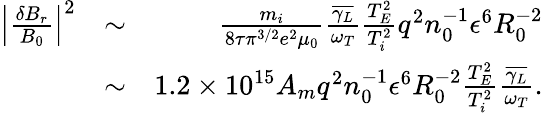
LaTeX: \begin{array}{rlr}{\left\lvert\frac{\delta B_{r}}{B_{0}}\right\rvert^{2}}&{\sim}&{\frac{m_{i}}{8\tau\pi^{3/2}e^{2}\mu_{0}}\frac{\overline{{\gamma_{L}}}}{\omega_{T}}\frac{T_{E}^{2}}{T_{i}^{2}}q^{2}n_{0}^{-1}\epsilon^{6}R_{0}^{-2}}\\ &{\sim}&{1.2\times 10^{15}A_{m}q^{2}n_{0}^{-1}\epsilon^{6}R_{0}^{-2}\frac{T_{E}^{2}}{T_{i}^{2}}\frac{\overline{{\gamma_{L}}}}{\omega_{T}}.}\end{array}